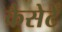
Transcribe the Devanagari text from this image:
कैसेटें